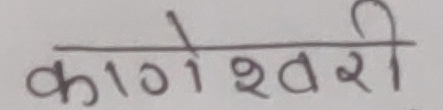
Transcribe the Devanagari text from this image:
काणेश्वरी